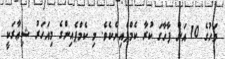
މަހުގެ 10 އަށް ފާހާގަ ކުރާ ކެމްޕެއިނެކެވެ. މި ކެމްޕެއިންގެ މިއަހަރު ޝިޢާރަކީ